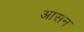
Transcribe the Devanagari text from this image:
अासन